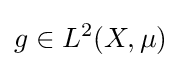
g\in L^{2}(X,\mu )